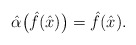
\begin{gather*}{\hat{\alpha}}\big(\hat{f}(\hat{x})\big)=\hat{f}(\hat{x}).\end{gather*}